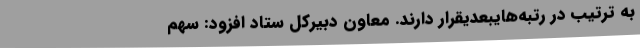
به ترتیب در رتبه‌هایبعدیقرار دارند. معاون دبیرکل ستاد افزود: سهم